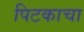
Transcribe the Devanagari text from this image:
पिटकाचा